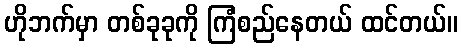
ဟိုဘက်မှာ တစ်ခုခုကို ကြံစည်နေတယ် ထင်တယ်။